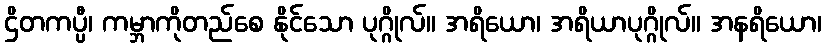
ဌိတကပ္ပီ၊ ကမ္ဘာကိုတည်စေ နိုင်သော ပုဂ္ဂိုလ်။ အရိယော၊ အရိယာပုဂ္ဂိုလ်။ အနရိယော၊